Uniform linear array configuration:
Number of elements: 4
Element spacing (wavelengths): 0.75
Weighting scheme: cosine
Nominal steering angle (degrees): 15
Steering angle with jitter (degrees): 14.548
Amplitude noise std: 0.05
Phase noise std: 0.05

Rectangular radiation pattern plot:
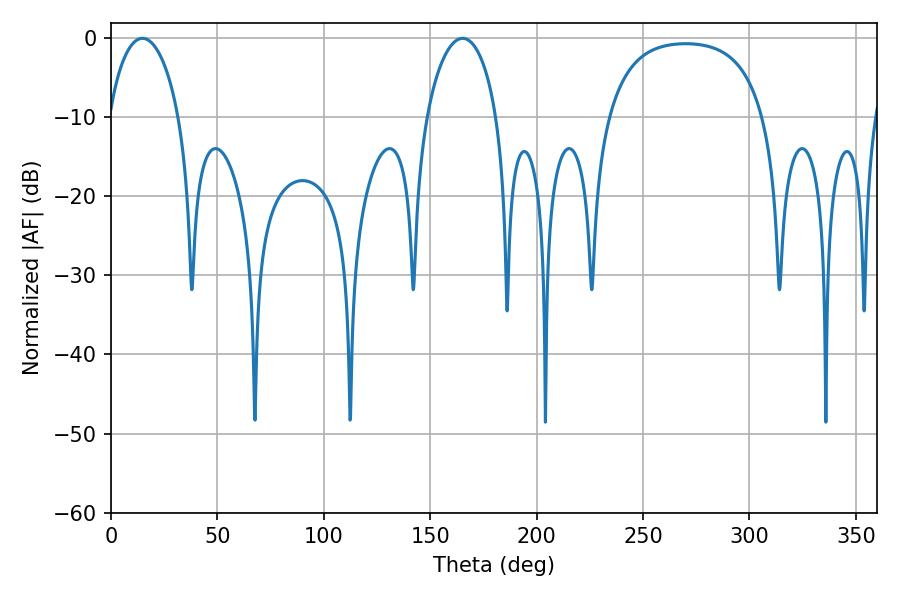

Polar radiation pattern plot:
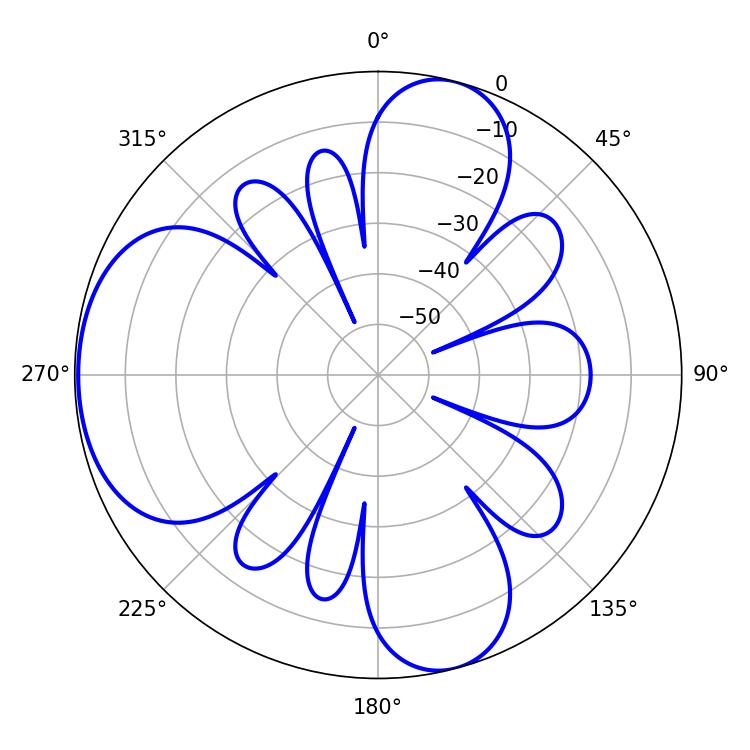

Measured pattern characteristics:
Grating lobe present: TRUE
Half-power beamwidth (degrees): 18.9
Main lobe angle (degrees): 14.76